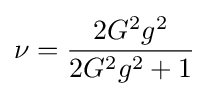
\nu ={\frac {2G^{2}g^{2}}{2G^{2}g^{2}+1}}